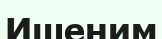
Ишеним